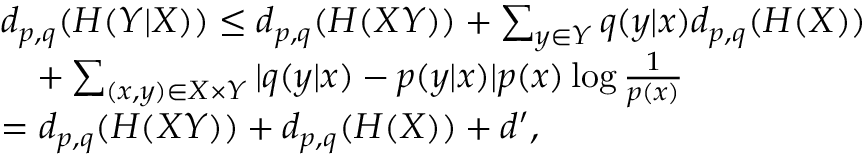
\begin{array} { r l } & { d _ { p , q } ( H ( Y | X ) ) \leq d _ { p , q } ( H ( X Y ) ) + \sum _ { y \in { \cal Y } } q ( y | x ) d _ { p , q } ( H ( X ) ) } \\ & { \quad + \sum _ { \scriptstyle ( x , y ) { \scriptstyle \in { \cal X } \times { \cal Y } } } | q ( y | x ) - p ( y | x ) | p ( x ) \log \frac { 1 } { p ( x ) } } \\ & { = d _ { p , q } ( H ( X Y ) ) + d _ { p , q } ( H ( X ) ) + d ^ { \prime } , } \end{array}